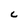
Character: C